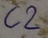
Text: C2